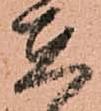
在